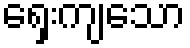
ရှေးကျသော